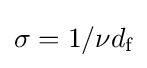
\sigma =1/\nu d_{\text{f}}\,\!